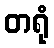
တရုံ